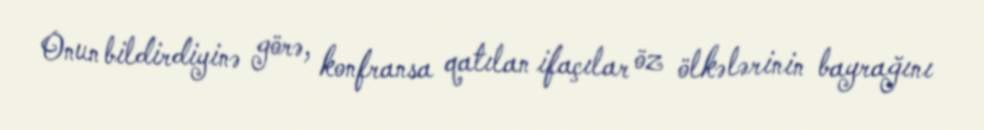
Onun bildirdiyinə görə, konfransa qatılan ifaçılar öz ölkələrinin bayrağını